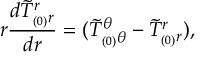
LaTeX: r \frac { d \tilde { T } _ { _ { ( 0 ) } r } ^ { r } } { d r } = ( \tilde { T } _ { _ { ( 0 ) } \theta } ^ { \theta } - \tilde { T } _ { _ { ( 0 ) } r } ^ { r } ) ,